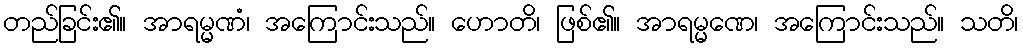
တည်ခြင်း၏။ အာရမ္မဏံ၊ အကြောင်းသည်။ ဟောတိ၊ ဖြစ်၏။ အာရမ္မဏေ၊ အကြောင်းသည်။ သတိ၊